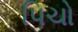
પિચો